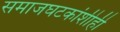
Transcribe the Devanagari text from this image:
समाजघटकांशीही